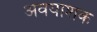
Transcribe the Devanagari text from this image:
अवयाशक